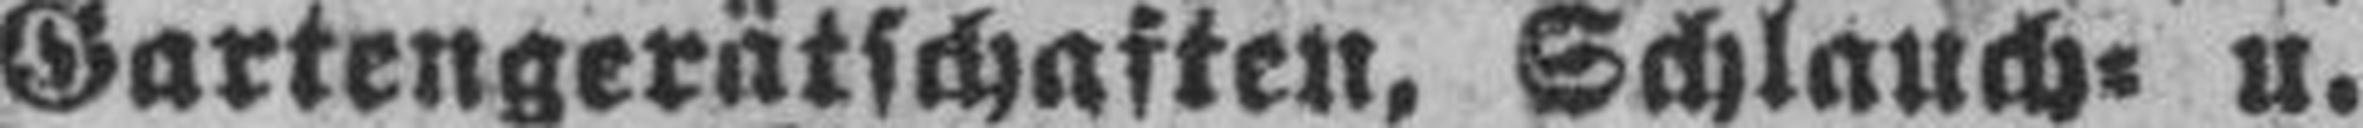
Gartengerätschaften, Schlauch= u.